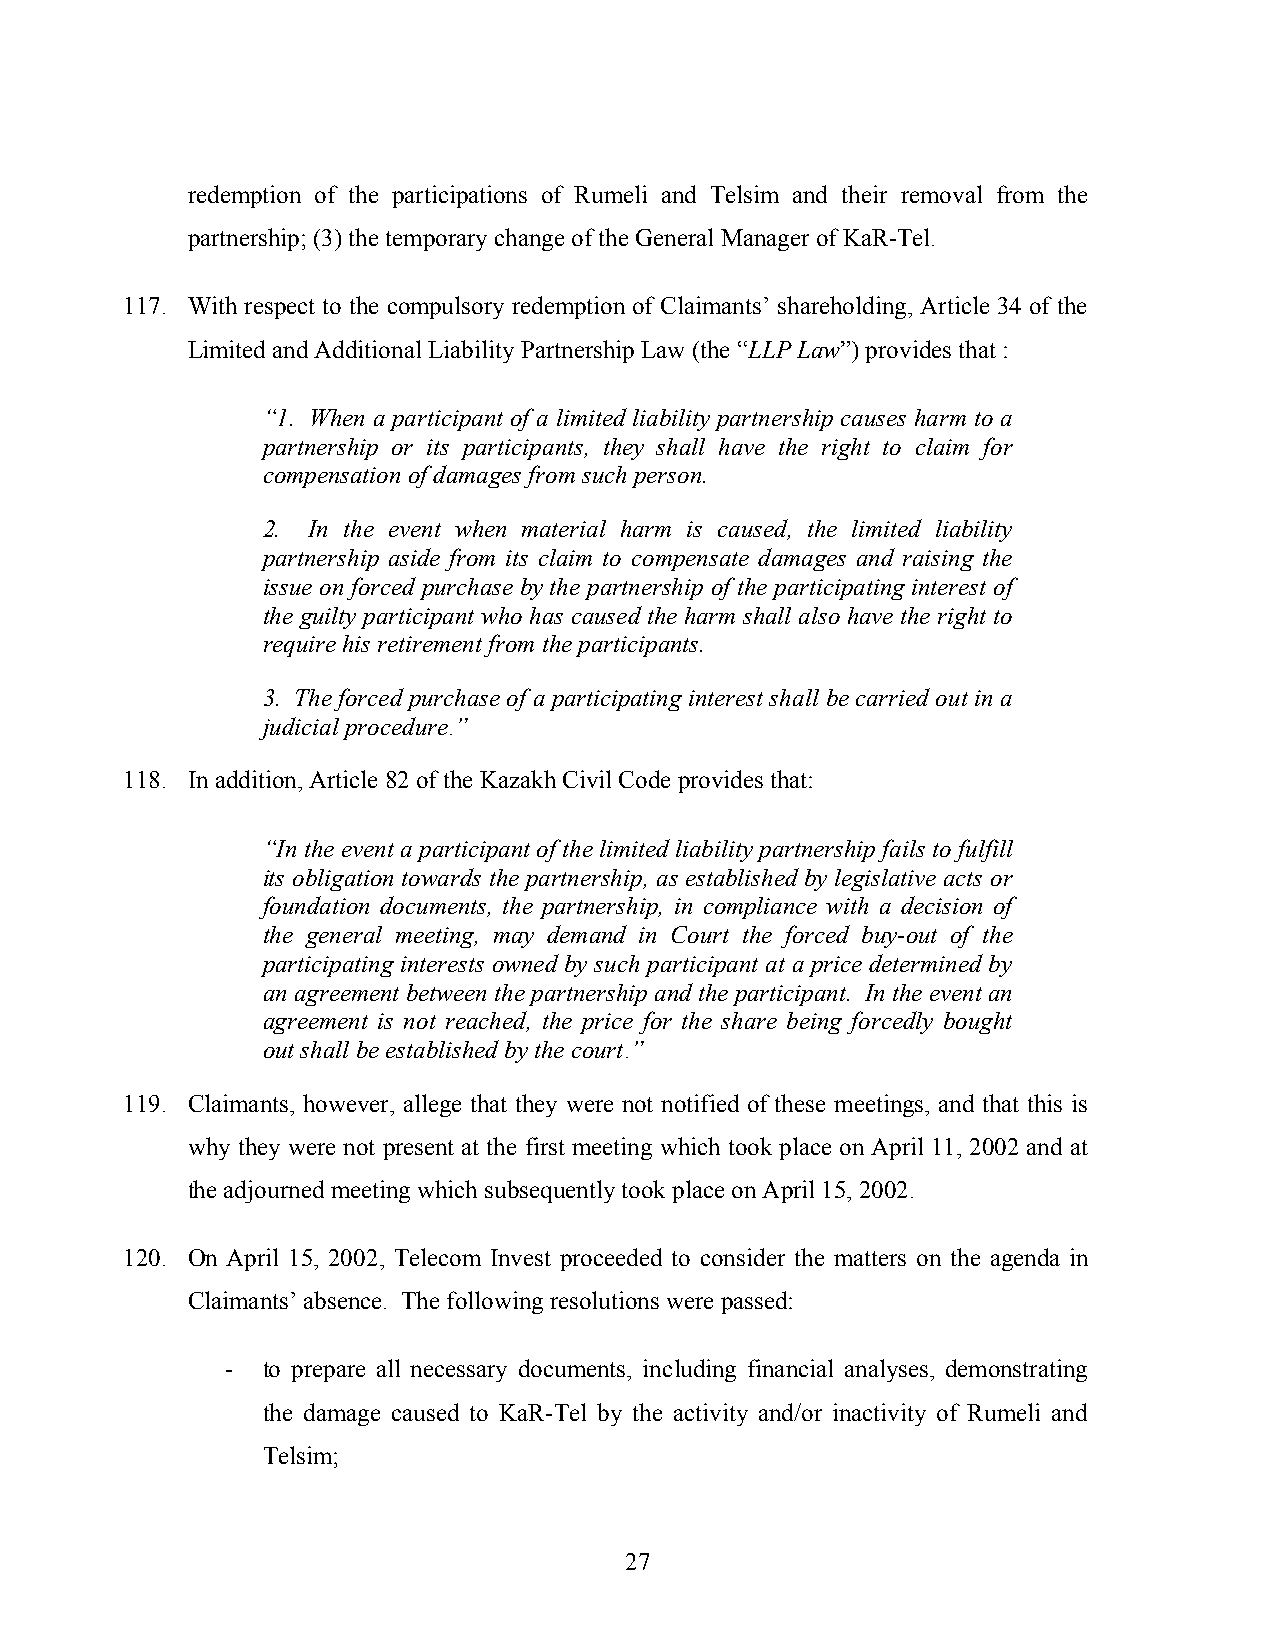
redemption of the participations of Rumeli and Telsim and their removal from the
 partnership; (3) the temporary change of the General Manager of KaR-Tel.
 117. With respect to the compulsory redemption of Claimants’ shareholding, Article 34 of the
 Limited and Additional Liability Partnership Law (the “LLP Law”) provides that :
 “1. When a participant of a limited liability partnership causes harm to a
 partnership or its participants, they shall have the right to claim for
 compensation of damages from such person.
 2. In the event when material harm is caused, the limited liability
 partnership aside from its claim to compensate damages and raising the
 issue on forced purchase by the partnership of the participating interest of
 the guilty participant who has caused the harm shall also have the right to
 require his retirement from the participants.
 3. The forced purchase of a participating interest shall be carried out in a
 judicial procedure.”
 118. In addition, Article 82 of the Kazakh Civil Code provides that:
 “In the event a participant of the limited liability partnership fails to fulfill
 its obligation towards the partnership, as established by legislative acts or
 foundation documents, the partnership, in compliance with a decision of
 the general meeting, may demand in Court the forced buy-out of the
 participating interests owned by such participant at a price determined by
 an agreement between the partnership and the participant. In the event an
 agreement is not reached, the price for the share being forcedly bought
 out shall be established by the court.”
 119. Claimants, however, allege that they were not notified of these meetings, and that this is
 why they were not present at the first meeting which took place on April 11, 2002 and at
 the adjourned meeting which subsequently took place on April 15, 2002.
 120. On April 15, 2002, Telecom Invest proceeded to consider the matters on the agenda in
 Claimants’ absence. The following resolutions were passed:
 - to prepare all necessary documents, including financial analyses, demonstrating
 the damage caused to KaR-Tel by the activity and/or inactivity of Rumeli and
 Telsim;
 27